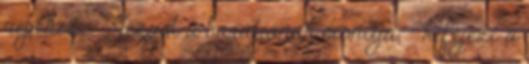
népéhez, - Jézust a barátjának mondja, - kifejezi a